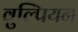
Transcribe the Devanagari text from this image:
वुल्पियन